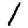
Digit: 1